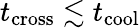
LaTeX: t_{\mathrm{cross}}\lesssim t_{\mathrm{cool}}